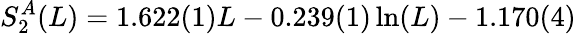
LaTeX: S_{2}^{A}(L)=1.622(1)L-0.239(1)\ln(L)-1.170(4)